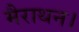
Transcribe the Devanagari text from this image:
मैराथन।